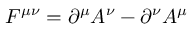
F ^ { \mu \nu } = \partial ^ { \mu } A ^ { \nu } - \partial ^ { \nu } A ^ { \mu }